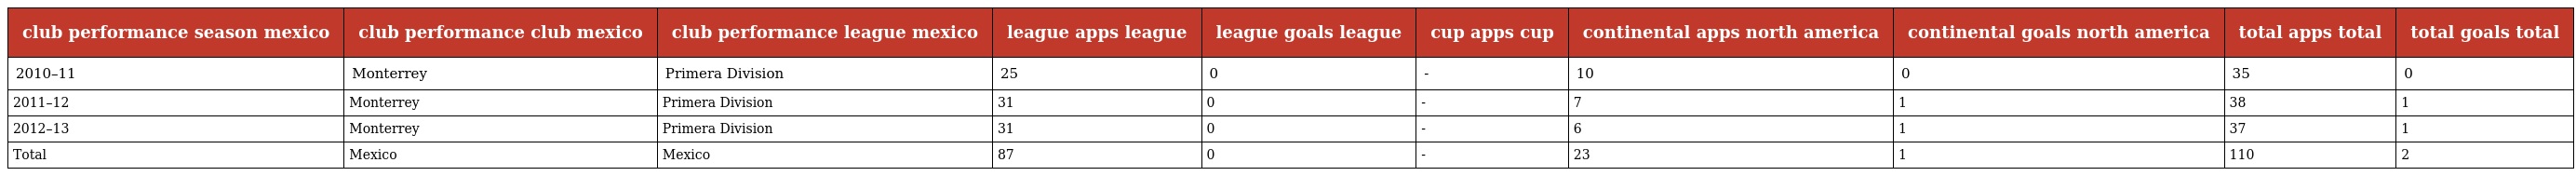
| club performance season mexico | club performance club mexico | club performance league mexico | league apps league | league goals league | cup apps cup | continental apps north america | continental goals north america | total apps total | total goals total |
 | --- | --- | --- | --- | --- | --- | --- | --- | --- | --- |
 | 2010–11 | Monterrey | Primera Division | 25 | 0 | - | 10 | 0 | 35 | 0 |
 | 2011–12 | Monterrey | Primera Division | 31 | 0 | - | 7 | 1 | 38 | 1 |
 | 2012–13 | Monterrey | Primera Division | 31 | 0 | - | 6 | 1 | 37 | 1 |
 | Total | Mexico | Mexico | 87 | 0 | - | 23 | 1 | 110 | 2 |